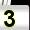
Digit: 3